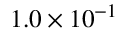
1 . 0 \times 1 0 ^ { - 1 }